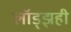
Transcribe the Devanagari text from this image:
लॉड्झही